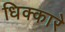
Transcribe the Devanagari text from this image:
धिक्कारे